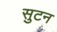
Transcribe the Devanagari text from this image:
सुटन